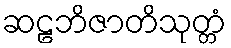
ဆဠဘိဇာတိသုတ္တံ